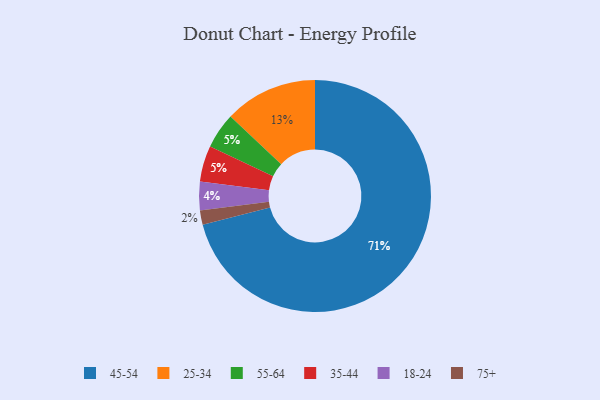
{"axis": {"x": "Category", "y": "Percentage"}, "legend": ["18-24", "25-34", "35-44", "45-54", "55-64", "75+"], "data": [{"x": "25-34", "y": 13, "type": "25-34"}, {"x": "18-24", "y": 4, "type": "18-24"}, {"x": "55-64", "y": 5, "type": "55-64"}, {"x": "35-44", "y": 5, "type": "35-44"}, {"x": "45-54", "y": 71, "type": "45-54"}, {"x": "75+", "y": 2, "type": "75+"}]}